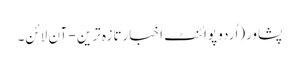
پشاور(اُردو پوائنٹ اخبارتازہ ترین - آن لائن۔